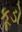
કૂડો